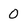
Character: 0